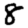
Digit: 8